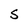
Character: S